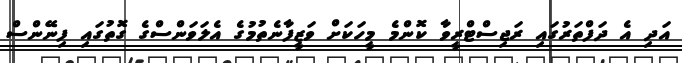
އަދި އެ ދަފްތަރުގައި ރަޖިސްޓްރީވާ ކޮންމެ މީހަކަށް ވަޒީފާނެތުމުގެ އެލަވަންސްގެ ގޮތުގައި ފިނޭންސް